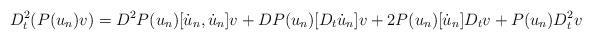
LaTeX: \begin{align*}D_t^2(P(u_n)v)=D^2P(u_n)[\dot{u}_n,\dot{u}_n]v+DP(u_n)[D_t\dot{u}_n]v+2P(u_n)[\dot{u}_n]D_tv+P(u_n)D_t^2v\end{align*}